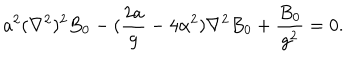
a ^ { 2 } ( \nabla ^ { 2 } ) ^ { 2 } B _ { 0 } - ( { \frac { 2 a } { g } } - 4 \alpha ^ { 2 } ) \nabla ^ { 2 } B _ { 0 } + { \frac { B _ { 0 } } { g ^ { 2 } } } = 0 .